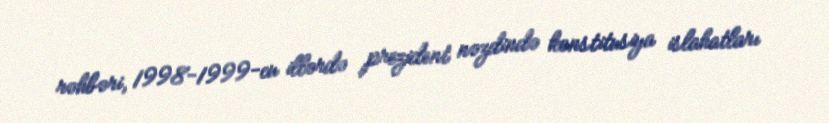
rəhbəri, 1998-1999-cu illərdə prezident nəzdində konstitusiya islahatları